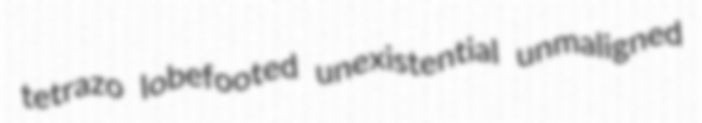
tetrazo lobefooted unexistential unmaligned